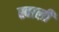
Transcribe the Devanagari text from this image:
स्वाली